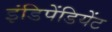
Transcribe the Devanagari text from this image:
इंडिपेंडियेंट